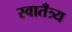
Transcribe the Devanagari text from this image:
स्वातँत्र्य